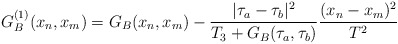
\begin{align*}G^{(1)}_B(x_n,x_m)=G_B(x_n,x_m)-{\vert\tau_a-\tau_b\vert^2\over T_3+G_B(\tau_a,\tau_b) }{(x_n-x_m)^2\over T^2}\end{align*}